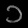
Digit: ၁